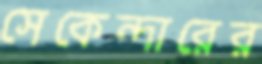
সেকেন্দারের